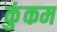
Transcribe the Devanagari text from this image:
कुंकम